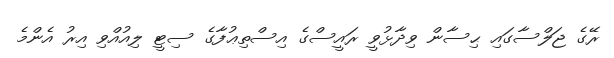
ރޭގެ ޖަލްސާގައި ޙިސާން ވިދާޅުވީ ރައީސްގެ އިސްތިޢުފާގެ ސިޓީ ލިއުއްވި އިރު އެންމެ